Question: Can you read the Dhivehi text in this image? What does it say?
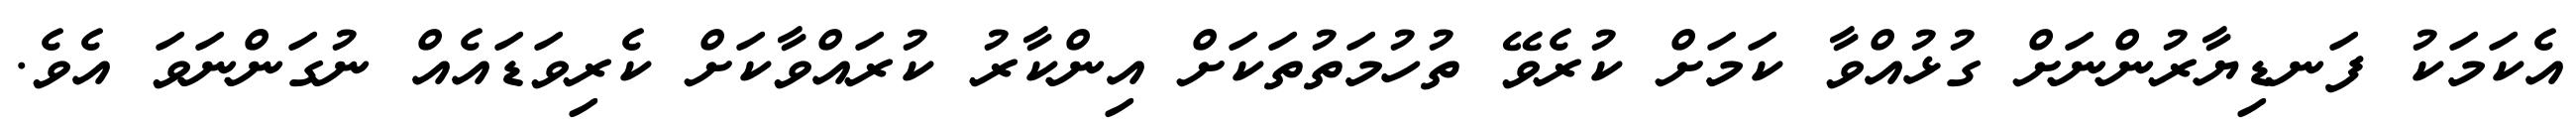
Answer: އެކަމަކު ފަނޑިޔާރުންނަށް ގުޅުއްވާ ކަމަށް ކުރެވޭ ތުހުމަތުތަކަށް އިންކާރު ކުރައްވާކަށް ކެރިވަޑައެއް ނުގަންނަވަ އެވެ.